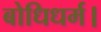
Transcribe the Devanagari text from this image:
बोधिधर्म।